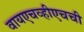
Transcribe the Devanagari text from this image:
वायएचव्हीएचची